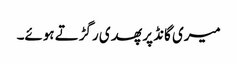
میری گانڈ پر پھدی رگڑتے ہوئے۔